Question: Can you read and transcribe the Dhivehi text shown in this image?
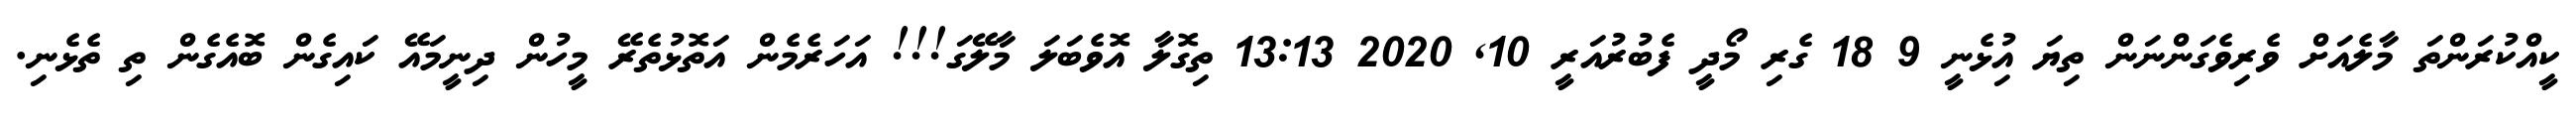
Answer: ކީއްކުރަންތަ މާލެއަށް ވެރިވެގަންނަން ތިޔަ އިުޅެނީ 9 18 ގެރި މޯދީ ފެބުރުއަރީ 10, 2020 13:13 ތިގޮލާ އޮވެބަލަ މާލޭގަ!!! އަހަރެމެން އަތޮޅުތެރޭ މީހުން ދިނީމައޭ ކައިގެން ބޮއެގެން ތި ތެޅެނި.